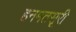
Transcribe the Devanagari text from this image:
हनमतसूरी